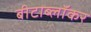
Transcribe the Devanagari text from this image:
बीटाब्लॉकर